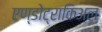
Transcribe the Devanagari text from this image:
एण्डोट्राकिअल